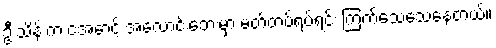
ဦးသိန်းက ငအောင့် အလောင်းဘေးမှာ မတ်တပ်ရပ်ရင်း ကြက်သေသေနေတယ်။